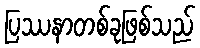
ပြဿနာတစ်ခုဖြစ်သည်